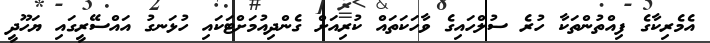
އެެމެރިކާގެ ފިއްތުންތަކާ ހުރެ ސުލްހައިގެ ވާހަކަތައް ކުރިއަށް ގެންދިއުމަށްޓަކައި ހުޅަނގު އައްސޭރީގައި ޔަހޫދީ